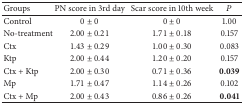
<table><thead><tr><td><b>Groups</b></td><td><b>PN score in 3rd day </b></td><td><b>Scar score in 10th week</b></td><td><b><i>P</i></b></td></tr></thead><tbody><tr><td>Control</td><td>0 ± 0</td><td>0 ± 0</td><td>1.00</td></tr><tr><td>No-treatment</td><td>2.00 ± 0.21</td><td>1.71 ± 0.18</td><td>0.157</td></tr><tr><td>Ctx</td><td>1.43 ± 0.29</td><td>1.00 ± 0.30</td><td>0.083</td></tr><tr><td>Ktp</td><td>2.00 ± 0.44</td><td>1.20 ± 0.20</td><td>0.157</td></tr><tr><td>Ctx + Ktp</td><td>2.00 ± 0.30</td><td>0.71 ± 0.36</td><td><b>0.039</b></td></tr><tr><td>Mp</td><td>1.71 ± 0.47</td><td>1.14 ± 0.26</td><td>0.102</td></tr><tr><td>Ctx + Mp</td><td>2.00 ± 0.43</td><td>0.86 ± 0.26</td><td><b>0.041</b></td></tr></tbody></table>